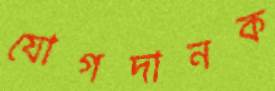
যোগদানক